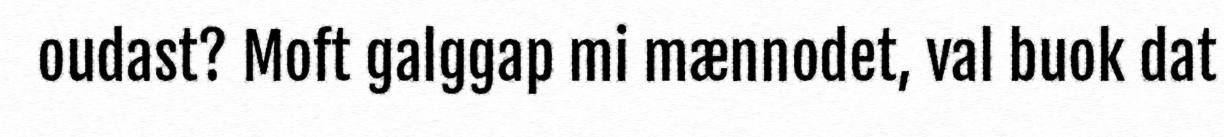
oudast? Moft galggap mi mænnodet, val buok dat